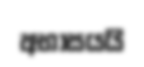
අභාසයයි